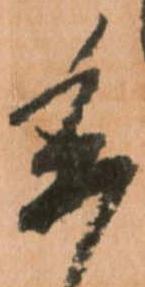
委